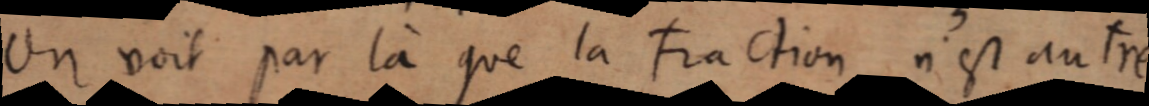
Un voit par là que la Fraction n’est autre